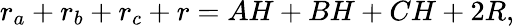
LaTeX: r_{a}+r_{b}+r_{c}+r=AH+BH+CH+2R,